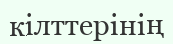
кілттерінің